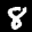
Label: 8